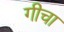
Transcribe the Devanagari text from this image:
गीचा